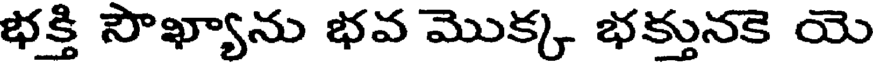
భక్తి సౌఖ్యాను భవ మొక్క భక్తునకె యె